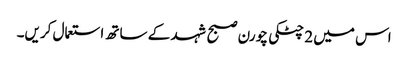
اس میں 2 چٹکی چورن صبح شہد کے ساتھ استعمال کریں۔